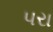
પરા